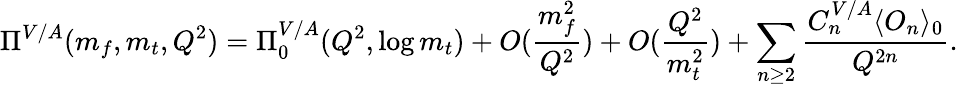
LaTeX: \Pi^{V/A}(m_{f},m_{t},Q^{2})=\Pi_{0}^{V/A}(Q^{2},\log m_{t})+O(\frac{m_{f}^{2}}{Q^{2}})+O(\frac{Q^{2}}{m_{t}^{2}})+\sum_{n\geq 2}\frac{C_{n}^{V/A}\langle O_{n}\rangle_{0}}{Q^{2n}}.